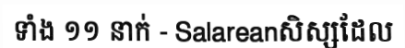
ទាំង ១១ នាក់ - Salareanសិស្សដែល